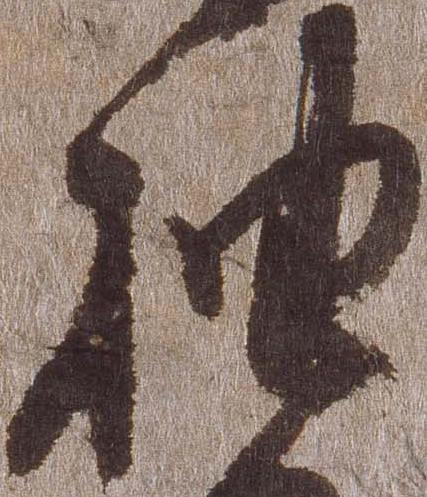
抽